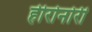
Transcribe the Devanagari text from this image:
हीरोनोरी